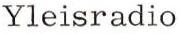
Yleisradio